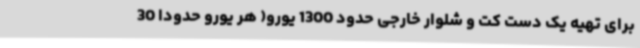
برای تهیه یک دست کت و شلوار خارجی حدود 1300 یورو( هر یورو حدودا 30